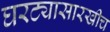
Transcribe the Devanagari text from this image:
घरट्यासारखीच